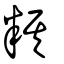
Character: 粸